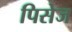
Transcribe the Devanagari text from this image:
पिसेज